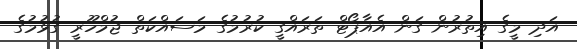
އަދި މީގެ އިތުރުން ގަން އެއާޕޯޓް ތަރައްގީ ކުރުމުގެ މަސައްކަތް ޖުމްހޫރީ ގުޅުމުގެ